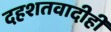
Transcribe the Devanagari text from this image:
दहशतवादीही